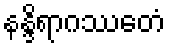
နန္ဒိရာဂဿေတံ